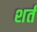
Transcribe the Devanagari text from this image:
शर्तं